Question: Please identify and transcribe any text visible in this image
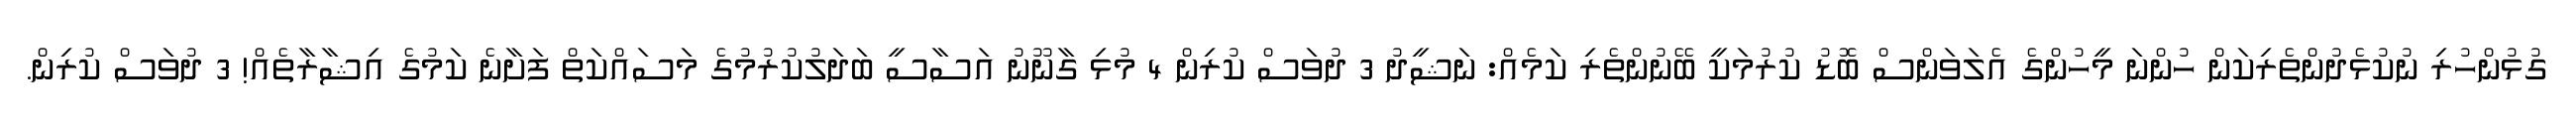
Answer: ގުޅުންހުރި ނުކުޅެދުންތެރިކަން ހުންނަ މީހުންގެ އެލަވަންސް ބޮޑު ކުރުމަކީ ބޭނުންތެރި ކަމެއް: ނަޝީދު 3 ދުވަސް ކުރިން 4 މުޅި ގާނޫނު އަސާސީ ބަދަލުކުރުމުގެ މަސައްކަތް ފަށާނެ ކަމުގެ އިޝާރާތެއް! 3 ދުވަސް ކުރިން.